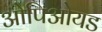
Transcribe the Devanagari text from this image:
ओपिओयड